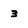
Character: 3